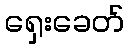
ရှေးခေတ်